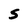
Character: S